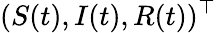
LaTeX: (S(t),I(t),R(t))^{\top}